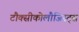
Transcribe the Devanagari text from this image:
टौक्सीकोलौजिस्ट्स